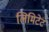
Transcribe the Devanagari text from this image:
लिमिटेट